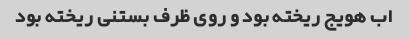
اب هویج ریخته بود و روی ظرف بستنی ریخته بود